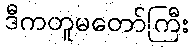
ဒီကတူမတော်ကြီး